Civil Veterinary Dept. Bombay admin report 1923-31 - 1923-1931
Year: 1923
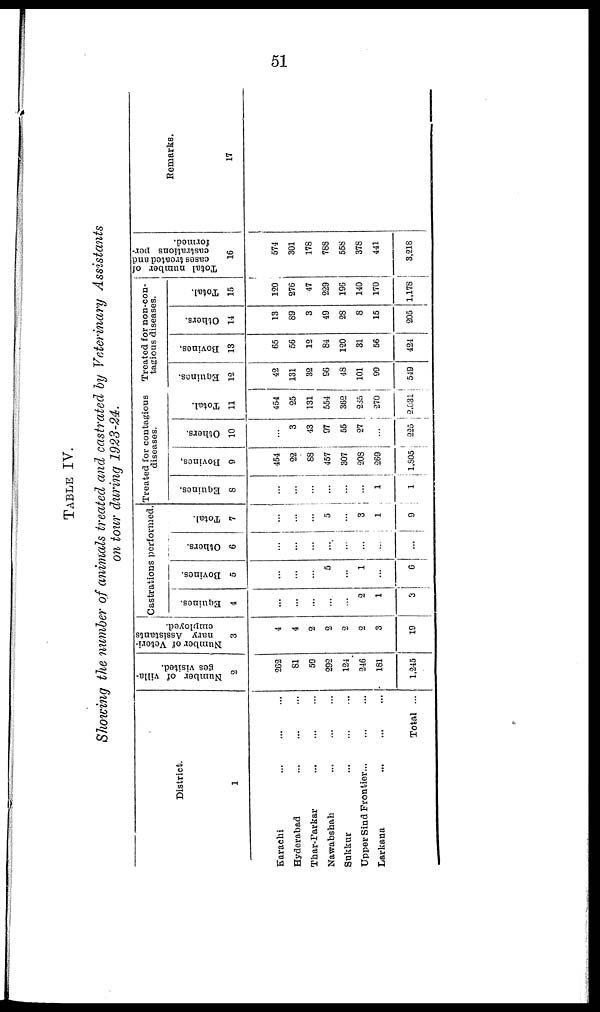
51
TABLE IV.
Showing the number of animals treated and castrated by Veterinary Assistants
on tour during 1923-24.
District.
1
Karachi ... ... ...
Hyderabad ... ... ...
Thar-Parkar ... ... ...
Nawabshah ... ... ...
Sukkur ... ... ...
Upper Sind Frontier... ... ...
Larkana ... ... ...
Total ...
Number of villa-
ges visited.
2
262
81
59
292
124
246
161
1,245
Number of Vcteri-
nary Assistants
employed.
3
4
4
2
2
2
2
3
19
Castrations performed.
Equines.
4
...
...
...
...
...
2
1
3
Bovines.
5
...
...
...
5
...
1
...
6
Others.
6
...
...
...
...
...
...
...
...
Total.
7
...
...
...
5
...
3
1
9
Treated for contagious
diseases.
Equines.
8
...
...
...
...
...
...
1
1
Bovines.
9
454
22
88
457
307
208
269
1,805
Others.
10
...
3
43
97
55
27
225
Total.
11
454
25
131
554
362
235
270
2,631
Treated for non-con-
tagious diseases.
Equines.
12
42
131
32
96
48
101
99
549
Bovines.
13
65
56
12
64
120
31
56
424
Others.
14
13
89
3
49
28
8
15
205
Total.
15
120
276
47
229
196
140
170
1,178
Total number of
cases treated and
castrations per-
formed.
16
574
301
178
768
555
378
441
3,218
Remarks.
17